Lunatic asylums Central Provinces reports 1886-1894 - 1886-1894
Year: 1886
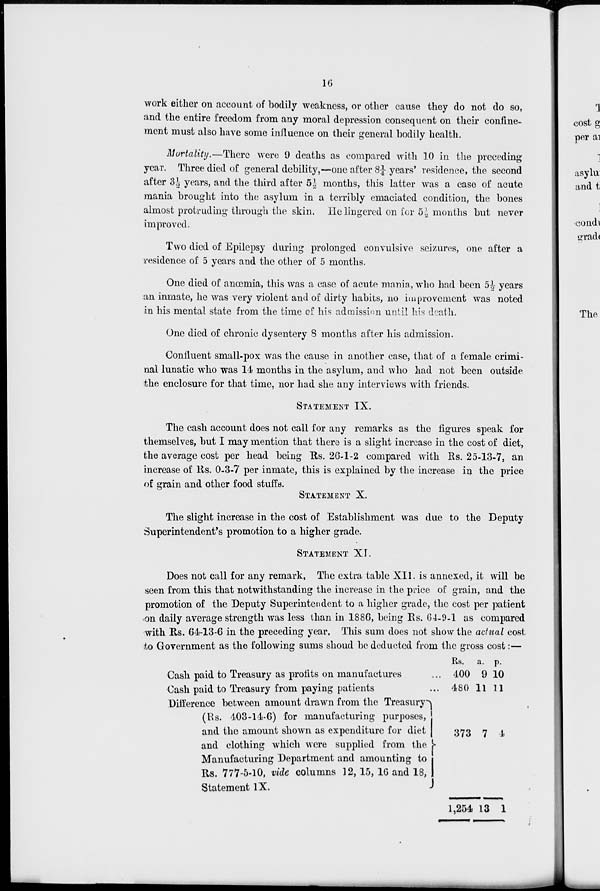
16
work either on account of bodily weakness, or other cause they do not do so,
and the entire freedom from any moral depression consequent on their confine-
ment must also have some influence on their general bodily health.
Mortality.—There were 9 deaths as compared with 10 in the preceding
year. Three died of general debility,—one after 8 ¼ years' residence, the second
after 3½ years, and the third after 5 ½ months, this latter was a case of acute
mania brought into the asylum in a terribly emaciated condition, the bones
almost protruding through the skin. He lingered on for 5½ months but never
improved.
Two died of Epilepsy during prolonged convulsive seizures, one after a
residence of 5 years and the other of 5 months.
One died of anœmia, this was a case of acute mania, who had been 5 ½ years
an inmate, he was very violent and of dirty habits, no improvement was noted
in his mental state from the time of his admission until his death.
One died of chronic dysentery 8 months after his admission.
Confluent small-pox was the cause in another case, that of a female crimi-
nal lunatic who was 14 months in the asylum, and who had not been outside
the enclosure for that time, nor had she any interviews with friends.
STATEMENT IX.
The cash account does not call for any remarks as the figures speak for
themselves, but I may mention that there is a slight increase in the cost of diet,
the average cost per head being Rs. 26-1-2 compared with Rs. 25-13-7, an
increase of Rs. 0-3-7 per inmate, this is explained by the increase in the price
of grain and other food stuffs.
STATEMENT X.
The slight increase in the cost of Establishment was due to the Deputy
Superintendent's promotion to a higher grade.
STATEMENT XI.
Does not call for any remark, The extra table XII. is annexed, it will be
seen from this that notwithstanding the increase in the price of grain, and the
promotion of the Deputy Superintendent to a higher grade, the cost per patient
on daily average strength was less than in 1886, being Rs. 64-9-1 as compared
with Rs. 64-13-6 in the preceding year, This sum does not show the actual cost
to Government as the following sums shoud be deducted from the gross cost:—
Cash paid to Treasury as profits on manufactures ...
Cash paid to Treasury from paying patients ...
Difference between amount drawn from the Treasury
(Rs. 403-14-6) for manufacturing purposes,
and the amount shown as expenditure for diet
and clothing which were supplied from the
Manufacturing Department and amounting to
Rs. 777-5-10, vide columns 12,15, 16 and 18,
Statement IX.
Rs.
400
480
373
1,254
a.
9
11
7
13
p.
10
11
4
1